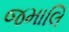
જમાલિ